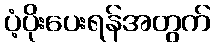
ပံ့ပိုးပေးရန်အတွက်